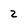
Character: 2